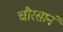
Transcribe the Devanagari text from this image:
चौरसाने